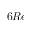
6 R e